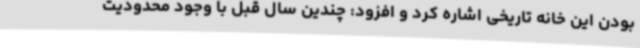
بودن این خانه تاریخی اشاره کرد و افزود: چندین سال قبل با وجود محدودیت